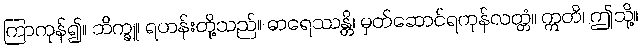
ကြာကုန်၍။ ဘိက္ခူ၊ ရဟန်းတို့သည်။ ဓာရေဿန္တိ၊ မှတ်ဆောင်ရကုန်လတ္တံ။ ဣတိ၊ ဤသို့။